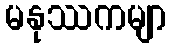
မနုဿကမျာ